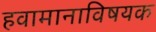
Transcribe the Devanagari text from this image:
हवामानाविषयक